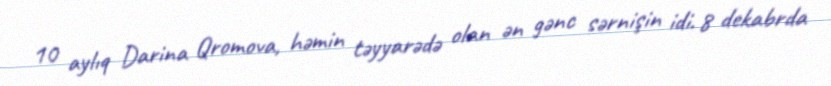
10 aylıq Darina Qromova, həmin təyyarədə olan ən gənc sərnişin idi. 8 dekabrda